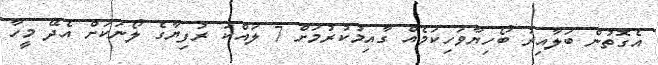
އެގޮތުން ބަލާއިރު ބޯހިޔާވަހިކަމެއް ގާއިމުކުރުމަށް 7 ލައްކަ ރުފިޔާގެ ލޯނަކަށް އެދޭ މީހާ